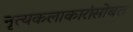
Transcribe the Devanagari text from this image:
नृत्यकलाकारांसोबत